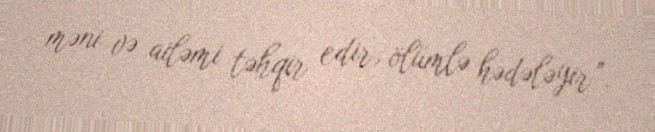
məni və ailəmi təhqir edir, ölümlə hədələyir”.